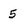
Character: 5